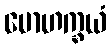
မောဟက္ခယံ